system: You are a helpful assistant.
user:
Analyze the provided spectrum to determine if it is a **S-type Star**.

- **Key Indicators for S-type Star:**

    - **(Overall Spectrum Shape):** The first and most obvious characteristic is the overall continuum (the "baseline" shape). It is **extremely "red-sloping,"** meaning the flux (light intensity) is very low on the left side (blue, ~4000-4500 Å) and rises steeply and continuously toward the right side (red, ~7000 Å+).

    - **(Primary):** The spectrum is defined by the presence of strong, broad molecular absorption "valleys" (bands) from **Zirconium Oxide (ZrO)**. The identification of these bands is the **primary requirement** for classifying a star as S-type.
        - **(Key Bandheads):** You must find distinct, deep "dips" where the light has been absorbed. The most critical band systems to locate are:
            - **~6474 Å** ($\gamma$-system): This is often the strongest and clearest ZrO feature, found in the red part of the spectrum.
            - **~5718 Å** & **~5551 Å** ($\beta$-system): A pair of prominent absorption features in the yellow-orange part of the spectrum.
            - **~4640 Å** ($\alpha$-system): A key absorption band system in the blue-green region of the spectrum.

    - **(Secondary Confirmation):** The classification is strengthened by finding additional absorption bands from other related heavy element oxides, which are expected to be present alongside ZrO.
        - **(Key Bandheads):**
            - **Yttrium Oxide (YO):** Look for absorption dips near **~4800 Å** and **~6100 Å**.
            - **Lanthanum Oxide (LaO):** Additional absorption features, particularly in the red-orange part of the spectrum, are also characteristic.

    - **(Line Profile):** The combination of the steep red continuum and these numerous, deep molecular bands (ZrO, YO, etc.) gives the entire spectrum a very **"chopped-up"** or **"bumpy"** appearance. Instead of a smooth curve, the spectrum looks as though large, wide chunks of light have been "carved out" of it at the specific wavelengths listed above.

Think first, call **spectral_visualization_tool** if needed to examine features in detail, then provide your final answer. Your response must adhere to the following strict rules:
1.  **Overall Structure:** Your response must follow the format `<think>...</think> <tool_call>...</tool_call> (if a tool is used) <answer>...</answer>`.
2.  **Tool Usage Constraint:** You may only make **one** tool call per turn.
3.  **Final Answer Format:** In the `<answer>` tag, your conclusion must be inside a `\boxed{}` command (e.g., `\boxed{YES}` or `\boxed{NO}`), followed by your justification.

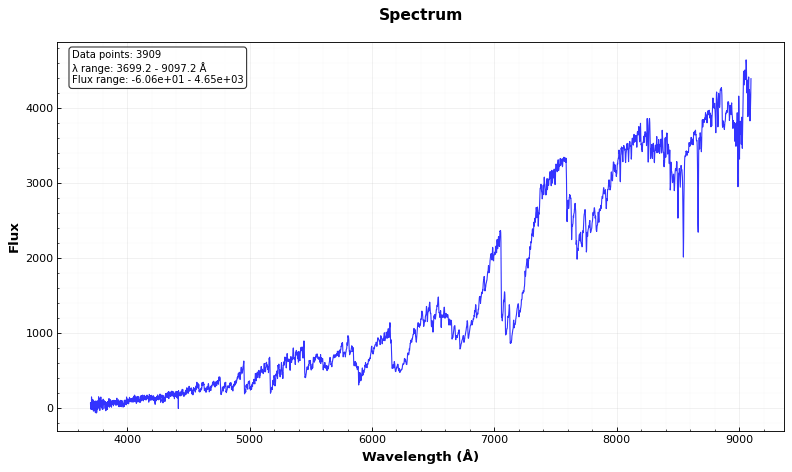
Answer: YES